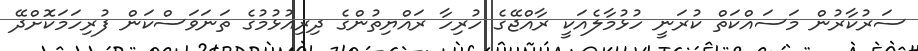
ސަރުކާރުން މަސައްކަތް ކުރަނީ ހުޅުމާލެއަކީ ރާއްޖޭގެ ހުރިހާ ރައްޔިތުންގެ ދިރިއުޅުމުގެ ތަނަވަސްކަން ފުރިހަމަކޮށްދޭ